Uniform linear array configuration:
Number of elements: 24
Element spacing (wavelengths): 1
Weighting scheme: cosine
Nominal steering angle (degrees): -45
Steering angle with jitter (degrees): -46.512
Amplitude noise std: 0.05
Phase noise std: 0.05

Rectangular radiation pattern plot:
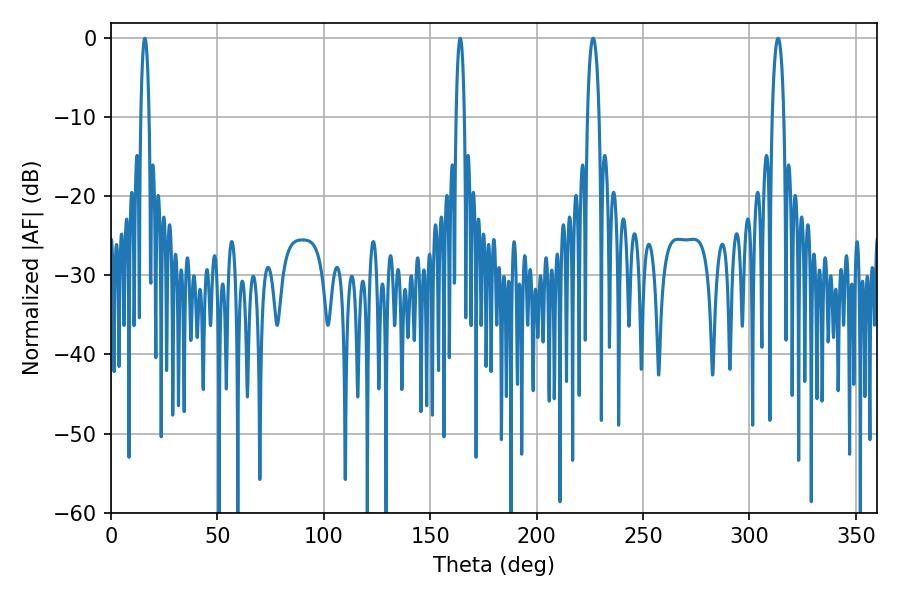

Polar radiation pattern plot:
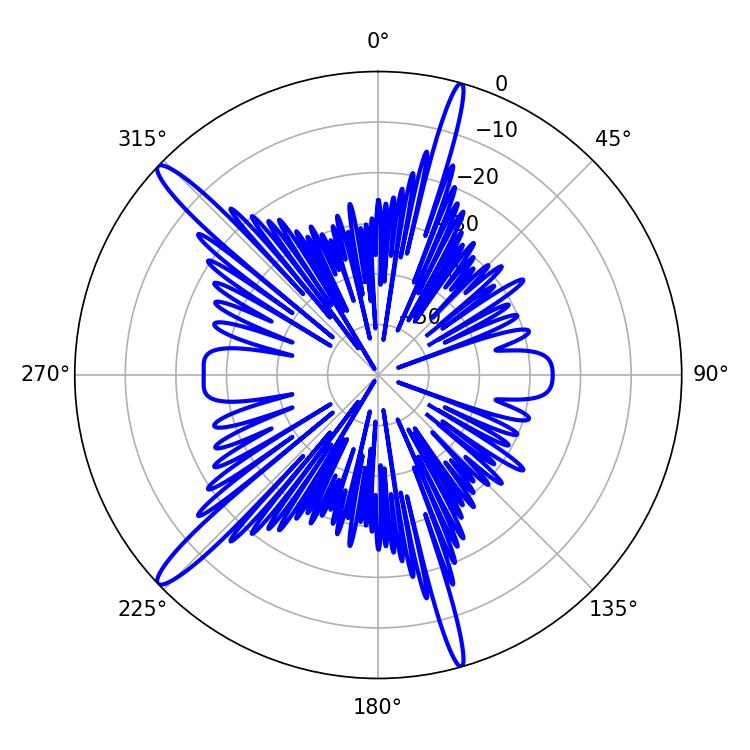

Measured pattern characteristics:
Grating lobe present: TRUE
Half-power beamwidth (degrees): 3.06
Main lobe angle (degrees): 226.62